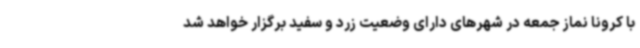
با کرونا نماز جمعه در شهرهای دارای وضعیت زرد و سفید برگزار خواهد شد